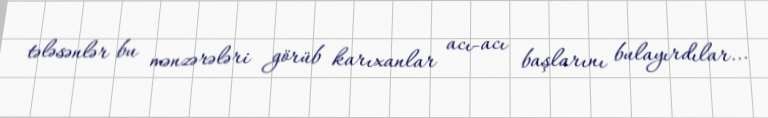
tələsənlər bu mənzərələri görüb karıxanlar acı-acı başlarını bulayırdılar...